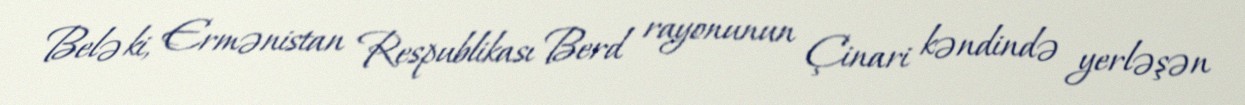
Belə ki, Ermənistan Respublikası Berd rayonunun Çinari kəndində yerləşən